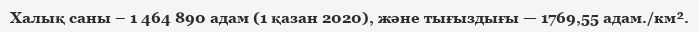
Халық саны – 1 464 890 адам (1 қазан 2020), және тығыздығы — 1769,55 адам./км².